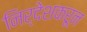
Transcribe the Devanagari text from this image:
निर्देशकरून